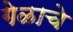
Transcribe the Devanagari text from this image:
गेळाचे